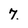
Character: 7